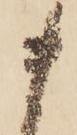
ま